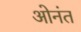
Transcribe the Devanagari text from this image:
ओनंत